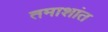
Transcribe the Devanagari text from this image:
तमाशांत